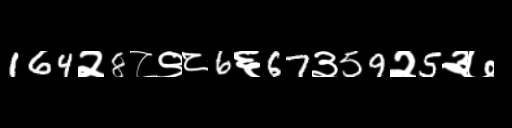
Text: 164२8८९८6६67३59२5३७